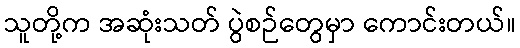
သူတို့က အဆုံးသတ် ပွဲစဉ်တွေမှာ ကောင်းတယ်။